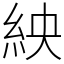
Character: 紻